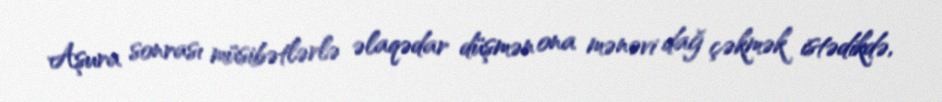
Aşura sonrası müsibətlərlə əlaqədar düşmən ona mənəvi dağ çəkmək istədikdə,